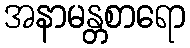
အနာမန္တစာရော